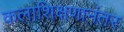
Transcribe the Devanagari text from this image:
कलाशिक्षणानंतर